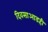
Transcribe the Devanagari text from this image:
दिवसाआडही